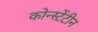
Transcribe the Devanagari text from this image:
कोन्स्टेंटीन